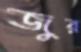
জুর